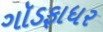
ગૉડફાધર